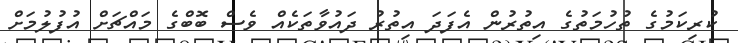
ކުރިކަމުގެ ތުހުމަތުގެ އިތުރުން އެފަދަ އިތުރު ދައުވާތަކެއް ވެސް ބޮބްގެ މައްޗަށް އުފުލުމަށް